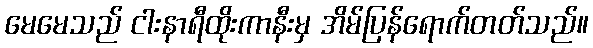
မေမေသည် ငါးနာရီထိုးကာနီးမှ အိမ်ပြန်ရောက်တတ်သည်။